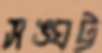
সঙ্ঘট্ট